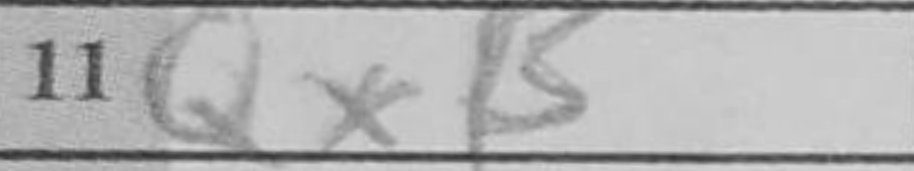
Transcription: QxB